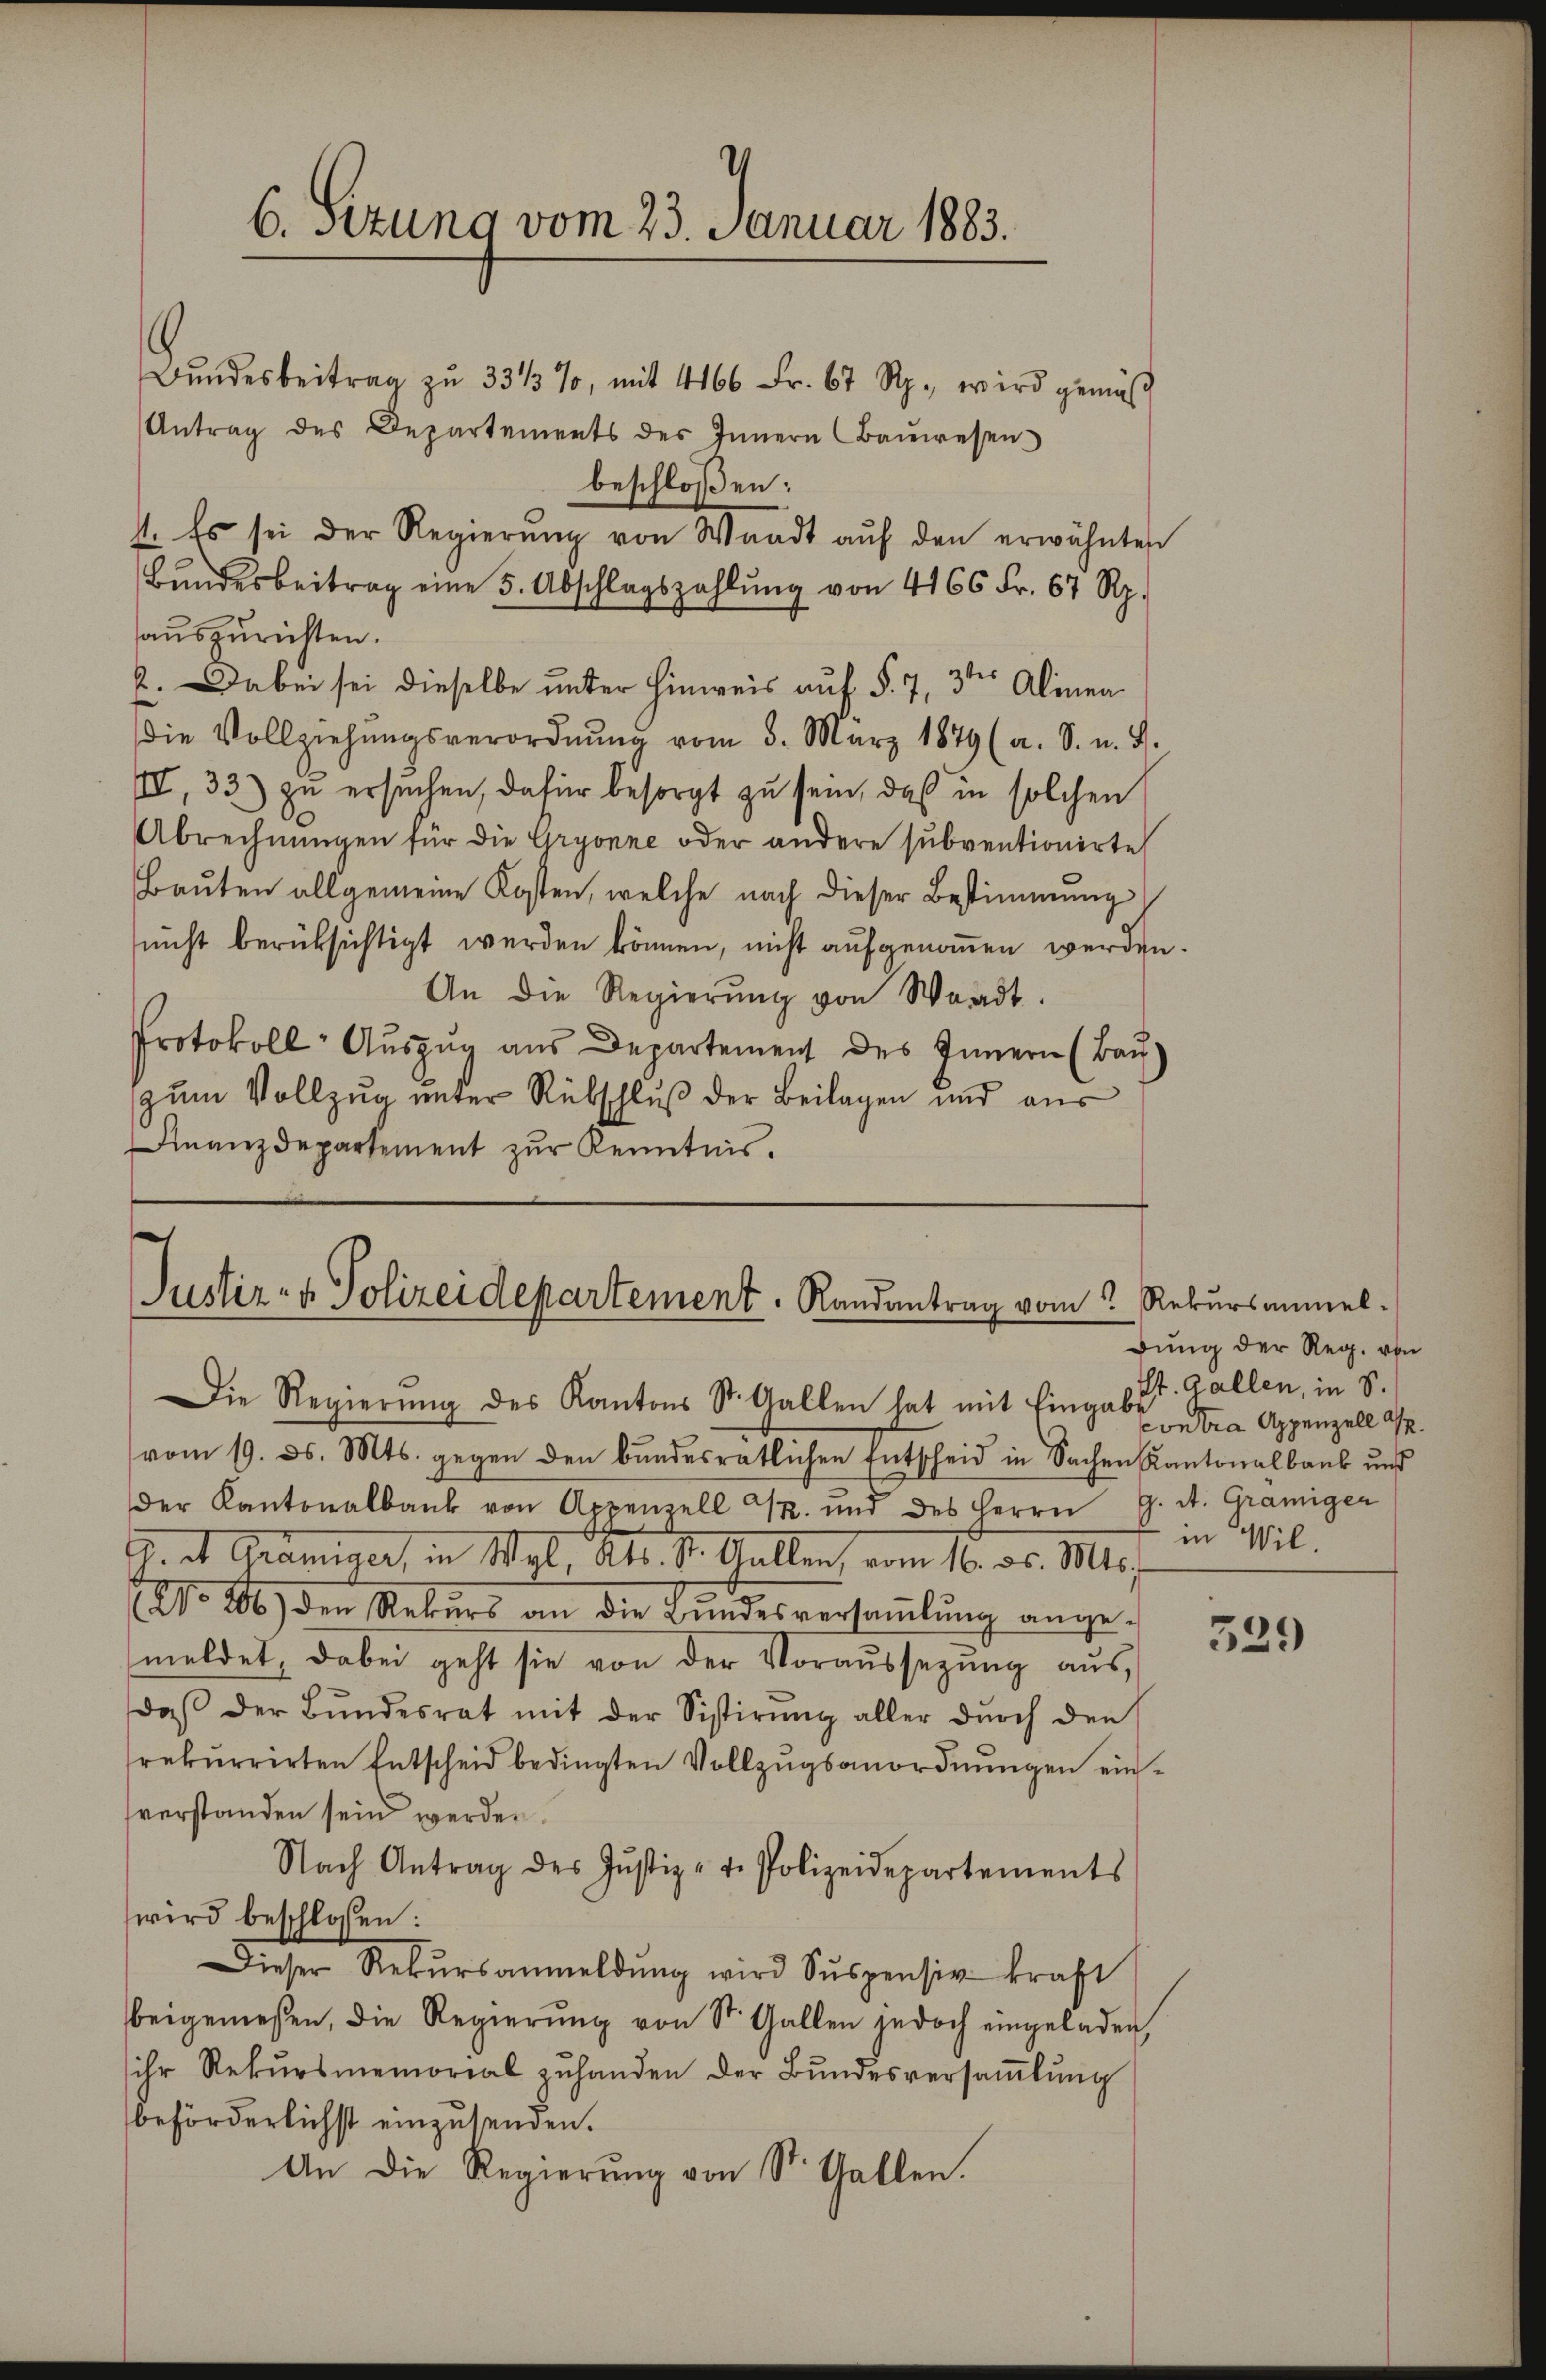
6. stung vom 23. Januar 1883.

.
Bŭndesbeitrag zŭ 33/3 %, mit 4166 Fr. 67 Rp., wird gemäβ
Antrag des Departements des Innern Baŭwesen
beschloßen:
1. Es sei der Regierŭng von Waadt aŭf den erwähnten
Bŭndesbeitrag eine 5. Abschlagszahlŭng von 4166 Fr. 67 Rp.
auszurichten.
2. Dabei sei dieselbe unter Hinweis auf §. 7, 3ten Alinea
die Vollziehŭngsverordnŭng vom 5. März 1879 (a. S. u. B.
III, 33) zu ersuchen, dafür besorgt zu sein, daß in solchen
Abrechnungen für die Gryonne oder andere subventionirte
Bauten allgemeine Kosten, welche nach dieser Bestimmung
snicht berücksichtigt werden können, nicht aufgenommen werden.
An die Regierŭng von Waadt.
Protokoll Auszug aus Departement des Innern (Bau-
zum Vollzug unter Rükschluß der Beilagen und aus
Finanzdepartement zur Kenntnis¬

Justiz- & Polizeidepartement. Randantrag vom Rekursanmel¬
Die Regierŭng des Kantons St. Gallen hat mit Eingabe sera Appenzell A.

dung der Reg. von
St. Gallen, in S.
in Wil.

vom 19. ds. Mts. gegen den bundesratlichen Entscheid in Sachen Kantonalbaub uns
der Kantonalbank von Appenzell M. und des Herrn G. A. Graniger
G. et Prämiger, in Wyl, Kts. St. Gallen vom 16. ds. Mts.
No 206) den Rekŭrs an die Bŭndesversaṁlŭng ange-
meldet, dabei geht sie von der Voraussezung aŭs
daβ der Bŭndesrat mit der Sistirŭng aller dŭrch den
rekurrirten Entscheid bedingten Vollzugsanordnungen einverstanden sein werden
Nach Antrag des Jŭstiz- u. Polizeidepartements
wird beschlossen:
Dieser Rekŭrsanmeldŭng wird Suspensiv kraft
beigemessen, die Regierŭng von St. Gallen jedoch eingeladen,
sihr Rekŭrsmemorial zŭhanden der Bŭndesversaṁlŭng
beförderlichst einzusenden.
An die Regierung von St. Gallen.

329